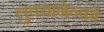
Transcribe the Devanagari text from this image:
लुक्यानेन्को